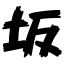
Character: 坂